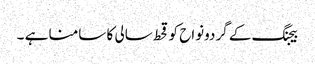
بیجنگ کے گردونواح کو قحط سالی کا سامنا ہے ۔